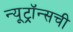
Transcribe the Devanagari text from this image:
न्यूट्रॉन्सची